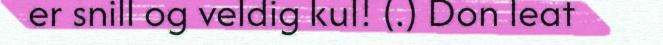
er snill og veldig kul! (.) Don leat